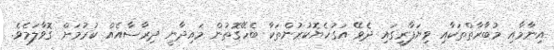
އިނާމާއި މުބާރާތްތަކާއި ވިޔަފާރީގައި ދެވޭ އަގުހެޔޮކުރުންތަކާ ބެހޭގޮތުން މައިދާނީ ދިރާސާއެއް ކުރުމަށް ގޮވާލަމެވެ.